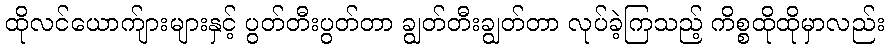
ထိုလင်ယောက်ျားများနှင့် ပွတ်တီးပွတ်တာ ချွတ်တီးချွတ်တာ လုပ်ခဲ့ကြသည့် ကိစ္စထိုထိုမှာလည်း